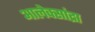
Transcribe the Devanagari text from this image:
आलेक्सांद्रा